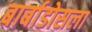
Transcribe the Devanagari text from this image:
बार्बाडोसला